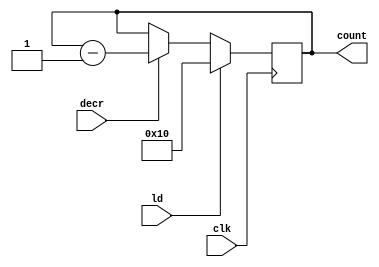
`timescale 1ns / 1ps
//////////////////////////////////////////////////////////////////////////////////
// Company: 
// Engineer: 
// 
// Design Name: 
// Module Name: Counter
// Project Name: 
// Target Devices: 
// Tool Versions: 
// Description: 
// 
// Dependencies: 
// 
// Revision:
// Revision 0.01 - File Created
// Additional Comments:
// 
//////////////////////////////////////////////////////////////////////////////////

module Counter(count,clk,ld,decr);
	input decr,ld,clk;
	output reg [4:0] count;
	always @(negedge clk)
	begin
		if(ld) count <= 5'd16;
		else if (decr) count <= count-1;
	end
endmodule